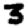
Digit: 3